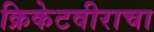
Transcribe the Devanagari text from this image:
क्रिकेटवीराचा